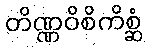
တိဏ္ဏဝိစိကိစ္ဆံ